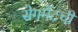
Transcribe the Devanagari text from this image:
सेगमेंटची